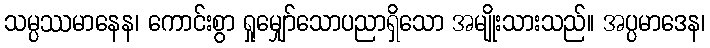
သမ္ပဿမာနေန၊ ကောင်းစွာ ရှုမျှော်သောပညာရှိသော အမျိုးသားသည်။ အပ္ပမာဒေန၊